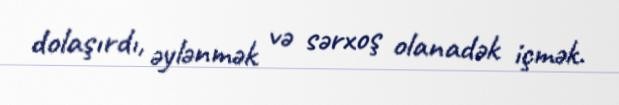
dolaşırdı, əylənmək və sərxoş olanadək içmək.